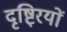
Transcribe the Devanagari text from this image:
दृष्टि्रयों